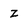
Character: Z